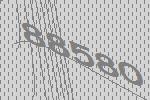
88580